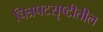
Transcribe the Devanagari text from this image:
चित्रपटसॄष्टीतील